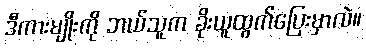
ဒီကားမျိုးကို ဘယ်သူက ခိုးယူထွက်ပြေးမှာလဲ။